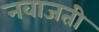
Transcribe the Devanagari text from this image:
नवाजती